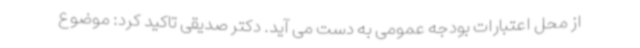
از محل اعتبارات بودجه عمومی به دست می آید. دکتر صدیقی تاکید کرد: موضوع